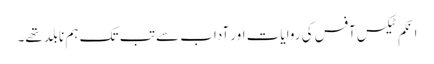
اِنکم ٹیکس آفس کی روایات اور آداب سے تب تک ہم نابلد تھے۔